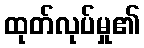
ထုတ်လုပ်မှု၏